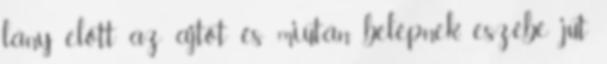
lány előtt az ajtót és miután belépnek, eszébe jut